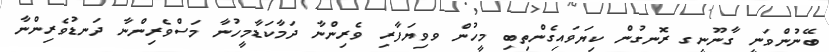
ބޭނުންވަނީ ގާނޫނީގ ރޮނގުން ކިޔަވައިގެންތިބި މީހުން ވވިޔަފާރި ވެރިންނާ ދަމާކަޑާމީހުނާ މަސްވެރިންނާ ދަނޑުވެރިންނާ